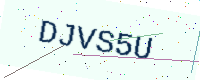
Text: DJVS5U